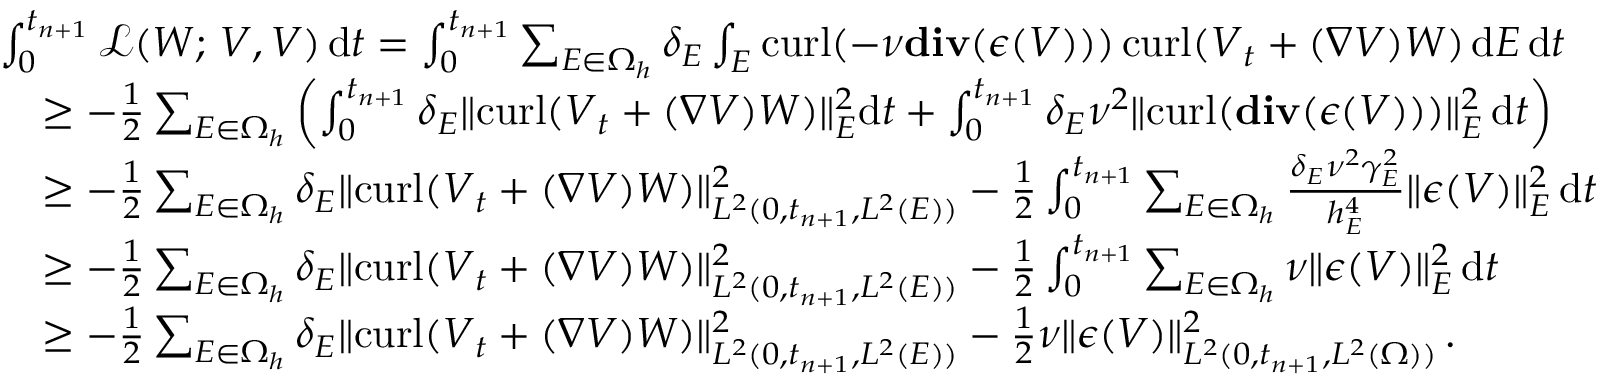
\begin{array} { r l } & { \int _ { 0 } ^ { t _ { n + 1 } } \mathcal { L } ( \boldsymbol { W } ; \, \boldsymbol { V } , \boldsymbol { V } ) \, \mathrm { d } t = \int _ { 0 } ^ { t _ { n + 1 } } \sum _ { E \in \Omega _ { h } } \delta _ { E } \int _ { E } { \mathrm { c u r l } } ( - \nu \mathbf { { d i v } } ( \boldsymbol { \epsilon } ( \boldsymbol { V } ) ) ) \, { \mathrm { c u r l } } ( \boldsymbol { V } _ { t } + ( \boldsymbol { \nabla } \boldsymbol { V } ) \boldsymbol { W } ) \, \mathrm { d } E \, \mathrm { d } t } \\ & { \quad \geq - \frac { 1 } { 2 } \sum _ { E \in \Omega _ { h } } \left( \int _ { 0 } ^ { t _ { n + 1 } } \delta _ { E } \| { \mathrm { c u r l } } ( \boldsymbol { V } _ { t } + ( \boldsymbol { \nabla } \boldsymbol { V } ) \boldsymbol { W } ) \| _ { E } ^ { 2 } \mathrm { d } t + \int _ { 0 } ^ { t _ { n + 1 } } \delta _ { E } \nu ^ { 2 } \| { \mathrm { c u r l } } ( \mathbf { { d i v } } ( \boldsymbol { \epsilon } ( \boldsymbol { V } ) ) ) \| _ { E } ^ { 2 } \, \mathrm { d } t \right) } \\ & { \quad \geq - \frac { 1 } { 2 } \sum _ { E \in \Omega _ { h } } \delta _ { E } \| { \mathrm { c u r l } } ( \boldsymbol { V } _ { t } + ( \boldsymbol { \nabla } \boldsymbol { V } ) \boldsymbol { W } ) \| _ { L ^ { 2 } ( 0 , t _ { n + 1 } , L ^ { 2 } ( E ) ) } ^ { 2 } - \frac { 1 } { 2 } \int _ { 0 } ^ { t _ { n + 1 } } \sum _ { E \in \Omega _ { h } } \frac { \delta _ { E } \nu ^ { 2 } \gamma _ { E } ^ { 2 } } { h _ { E } ^ { 4 } } \| \boldsymbol { \epsilon } ( \boldsymbol { V } ) \| _ { E } ^ { 2 } \, \mathrm { d } t } \\ & { \quad \geq - \frac { 1 } { 2 } \sum _ { E \in \Omega _ { h } } \delta _ { E } \| { \mathrm { c u r l } } ( \boldsymbol { V } _ { t } + ( \boldsymbol { \nabla } \boldsymbol { V } ) \boldsymbol { W } ) \| _ { L ^ { 2 } ( 0 , t _ { n + 1 } , L ^ { 2 } ( E ) ) } ^ { 2 } - \frac { 1 } { 2 } \int _ { 0 } ^ { t _ { n + 1 } } \sum _ { E \in \Omega _ { h } } \nu \| \boldsymbol { \epsilon } ( \boldsymbol { V } ) \| _ { E } ^ { 2 } \, \mathrm { d } t } \\ & { \quad \geq - \frac { 1 } { 2 } \sum _ { E \in \Omega _ { h } } \delta _ { E } \| { \mathrm { c u r l } } ( \boldsymbol { V } _ { t } + ( \boldsymbol { \nabla } \boldsymbol { V } ) \boldsymbol { W } ) \| _ { L ^ { 2 } ( 0 , t _ { n + 1 } , L ^ { 2 } ( E ) ) } ^ { 2 } - \frac { 1 } { 2 } \nu \| \boldsymbol { \epsilon } ( \boldsymbol { V } ) \| _ { L ^ { 2 } ( 0 , t _ { n + 1 } , L ^ { 2 } ( \Omega ) ) } ^ { 2 } \, . } \end{array}